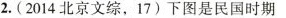
2.(2014北京文综，17)下图是民国时期